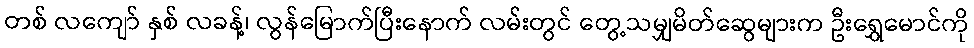
တစ် လကျော် နှစ် လခန့်၊ လွန်မြောက်ပြီးနောက် လမ်းတွင် တွေ့သမျှမိတ်ဆွေများက ဦးရွှေမောင်ကို